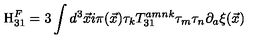
\mathrm { H } _ { 3 1 } ^ { F } = 3 \int d ^ { 3 } { \vec { x } } i \pi ( { \vec { x } } ) \tau _ { k } T _ { 3 1 } ^ { a m n k } \tau _ { m } \tau _ { n } \partial _ { a } { \xi } ( \vec { x } )